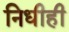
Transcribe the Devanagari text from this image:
निधीही